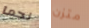
نجما متزن